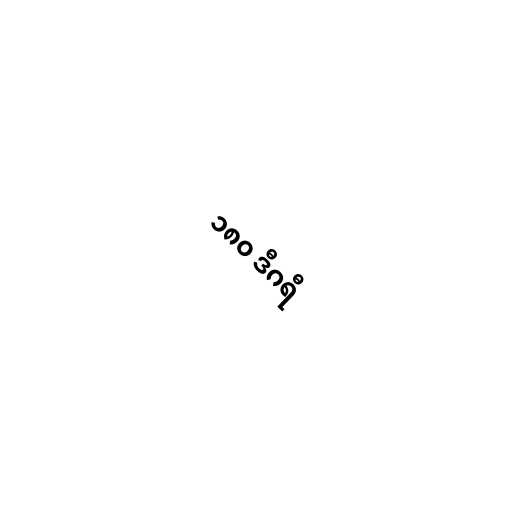
၁၈၀ ဒီဂရီ